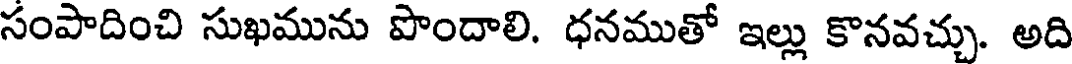
సంపాదించి సుఖమును పొందాలి. ధనముతో ఇల్లు కొనవచ్చు. అది